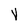
Character: v